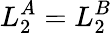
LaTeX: L_{2}^{A}=L_{2}^{B}